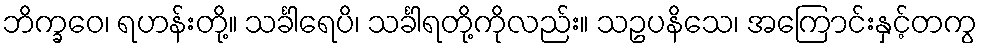
ဘိက္ခဝေ၊ ရဟန်းတို့။ သင်္ခါရေပိ၊ သင်္ခါရတို့ကိုလည်း။ သဥပနိသေ၊ အကြောင်းနှင့်တကွ